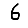
Digit: 6